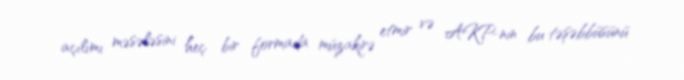
açılımı məsələsini heç bir formada müzakirə etmir və AKP-nin bu təşəbbüsünü